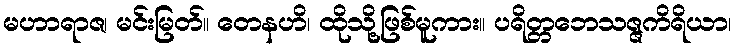
မဟာရာဇ၊ မင်းမြတ်။ တေနဟိ၊ ထိုသို့ဖြစ်မူကား။ ပရိတ္တဘေသဇ္ဇကိရိယာ၊